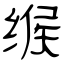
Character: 缑